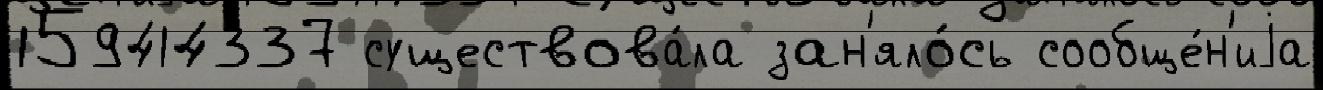
159414337 существова́ла зан'яло́сь сообще́н'иjа